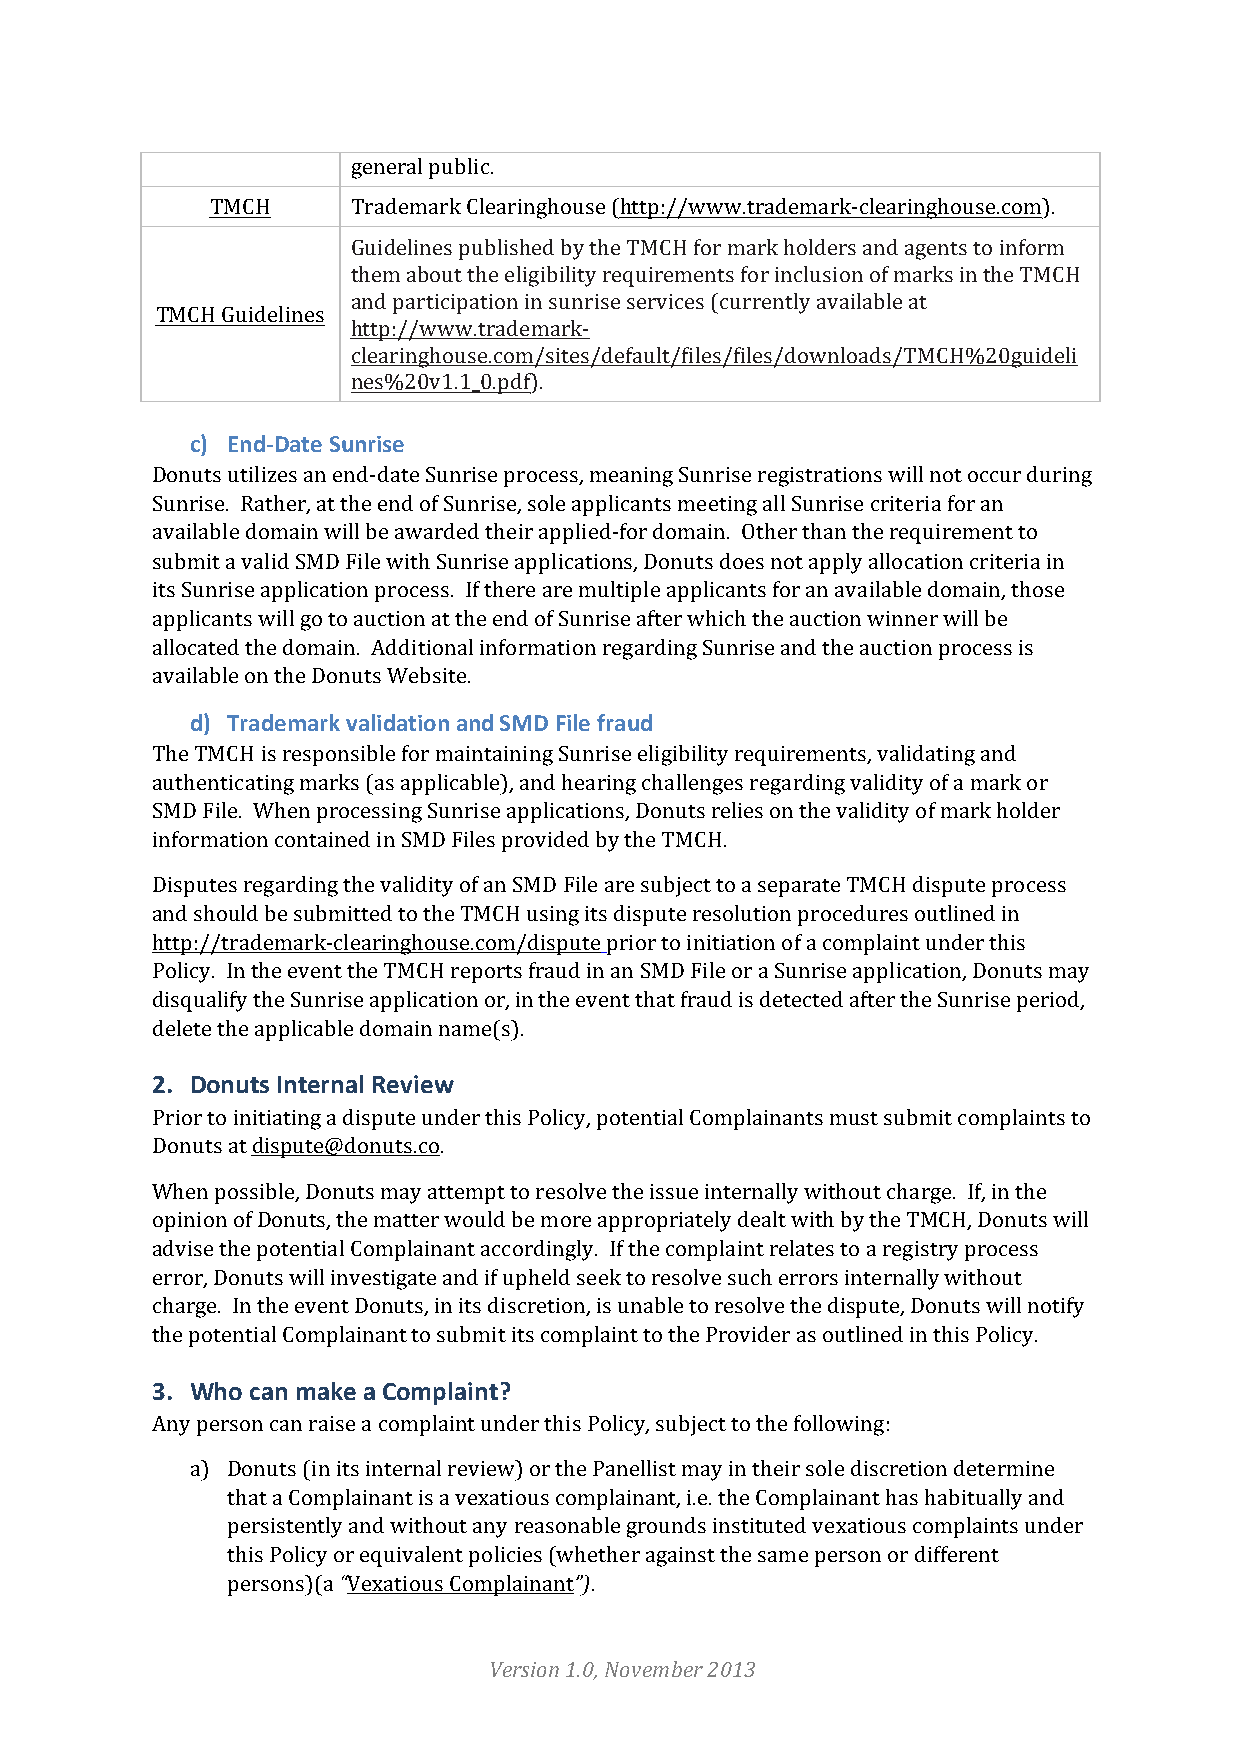
general public.
 TMCH     Trademark Clearinghouse (http://www.trademark-­‐clearinghouse.com).
 Guidelines published by the TMCH for mark holders and agents to inform
 them about the eligibility requirements for inclusion of marks in the TMCH
 and participation in sunrise services (currently available at
 TMCH Guidelines
 http://www.trademark-­‐
 clearinghouse.com/sites/default/files/files/downloads/TMCH%20guideli
 nes%20v1.1_0.pdf).
 c) End-­‐Date Sunrise
 Donuts utilizes an end-­‐date Sunrise process, meaning Sunrise registrations will not occur during
 Sunrise. Rather, at the end of Sunrise, sole applicants meeting all Sunrise criteria for an
 available domain will be awarded their applied-­‐for domain. Other than the requirement to
 submit a valid SMD File with Sunrise applications, Donuts does not apply allocation criteria in
 its Sunrise application process. If there are multiple applicants for an available domain, those
 applicants will go to auction at the end of Sunrise after which the auction winner will be
 allocated the domain. Additional information regarding Sunrise and the auction process is
 available on the Donuts Website.
 d) Trademark validation and SMD File fraud
 The TMCH is responsible for maintaining Sunrise eligibility requirements, validating and
 authenticating marks (as applicable), and hearing challenges regarding validity of a mark or
 SMD File. When processing Sunrise applications, Donuts relies on the validity of mark holder
 information contained in SMD Files provided by the TMCH.
 Disputes regarding the validity of an SMD File are subject to a separate TMCH dispute process
 and should be submitted to the TMCH using its dispute resolution procedures outlined in
 http://trademark-­‐clearinghouse.com/dispute prior to initiation of a complaint under this
 Policy. In the event the TMCH reports fraud in an SMD File or a Sunrise application, Donuts may
 disqualify the Sunrise application or, in the event that fraud is detected after the Sunrise period,
 delete the applicable domain name(s).
 2. Donuts Internal Review
 Prior to initiating a dispute under this Policy, potential Complainants must submit complaints to
 Donuts at dispute@donuts.co.
 When possible, Donuts may attempt to resolve the issue internally without charge. If, in the
 opinion of Donuts, the matter would be more appropriately dealt with by the TMCH, Donuts will
 advise the potential Complainant accordingly. If the complaint relates to a registry process
 error, Donuts will investigate and if upheld seek to resolve such errors internally without
 charge. In the event Donuts, in its discretion, is unable to resolve the dispute, Donuts will notify
 the potential Complainant to submit its complaint to the Provider as outlined in this Policy.
 3. Who can make a Complaint?
 Any person can raise a complaint under this Policy, subject to the following:
 a) Donuts (in its internal review) or the Panellist may in their sole discretion determine
 that a Complainant is a vexatious complainant, i.e. the Complainant has habitually and
 persistently and without any reasonable grounds instituted vexatious complaints under
 this Policy or equivalent policies (whether against the same person or different
 persons)(a “Vexatious Complainant”).
 Version 1.0, November 2013